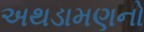
અથડામણનો